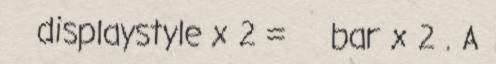
displaystyle x 2 = bar x 2 . A